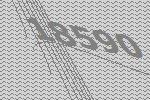
18590